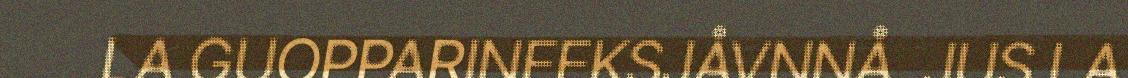
LA GUOPPARINFEKSJÅVNNÅ. JUS LA